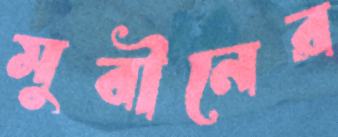
মুবীনের